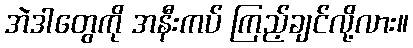
အဲဒါတွေကို အနီးကပ် ကြည့်ချင်လို့လား။